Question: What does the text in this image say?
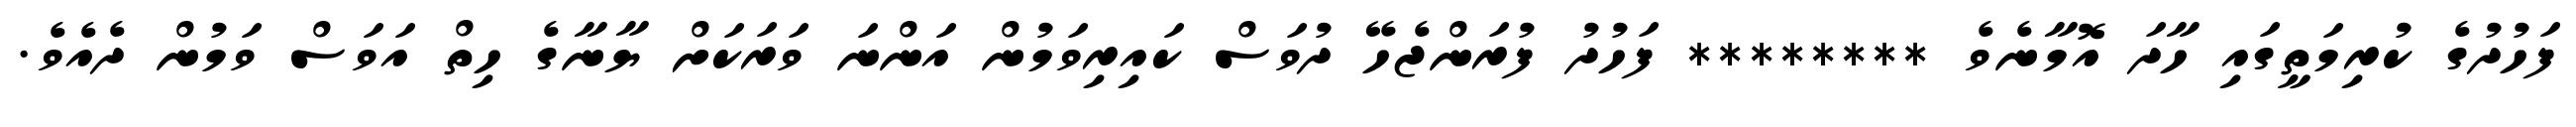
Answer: ފަހުދުގެ ކުރިމަތީގައި ހާދަ އޮމާނެވެ ******** ފަހުދު ފުރަންޖެހޭ ދުވަސް ކައިރިވަމުން އަންނަ ވަރަކަށް ޔާނާގެ ހިތް އަވަސް ވަމުން ދެއެވެ.